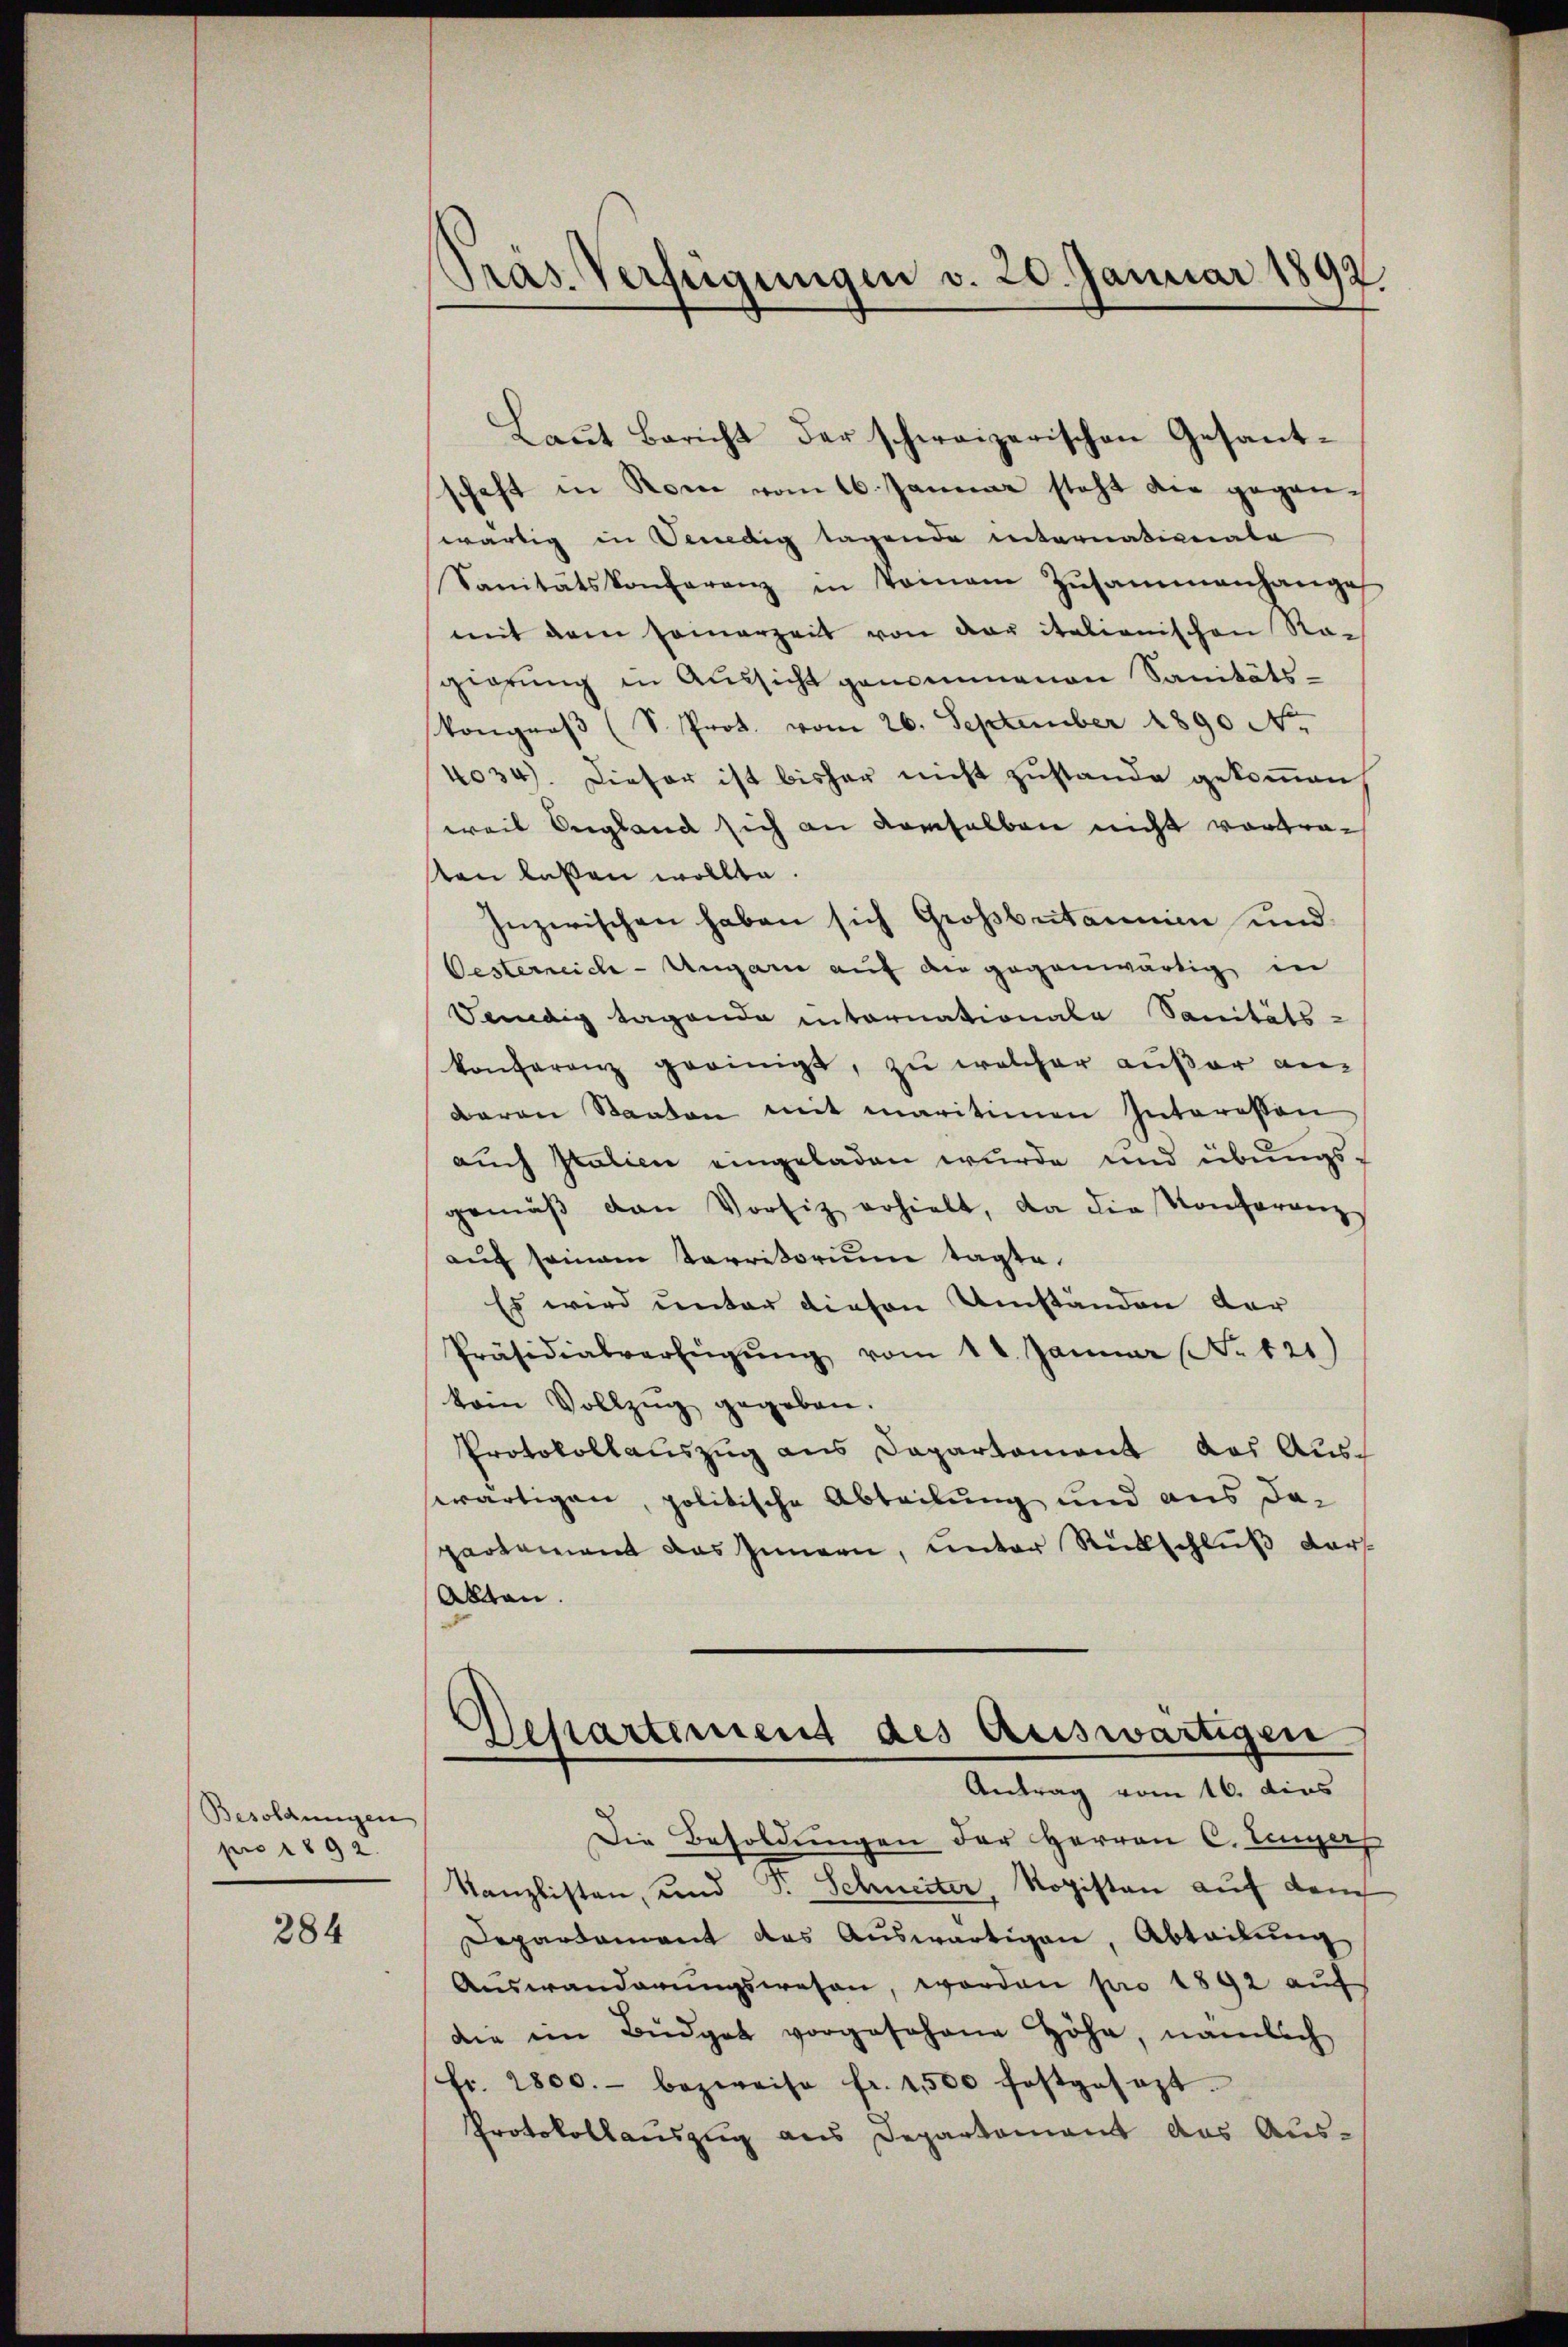
Besoldungen
pro 1892.

284

Präs. Verfügungen v. 20. Januar 1892

Baṅt Bericht der schweizerischen Gesantschaft in Rom vom 16. Januar steht die gegenwärtig in Sendig lagende internativenate
Sanitätskonferenz in Tomane Zusammenhange
mit dem Famerzeit von der italienischen Ragierung in Aussicht genommenen Sanitäts-
kongroβ (S. Prot. vom 26. September 1890 N.
4034). Dieser ist bisher nicht zustande gekommen
weis England sich an demselben nicht vortraten laßen wollte.
Inzwischen haben sich Großbritannie und
Oesterreich-Ungarn auf die gegenwärtig in
Sendig tagende internationale Sanitäts-
konferenz geeinigt, zu welcher außer an
Baron Staaten mit maritimen Interessen
auch Italien eingeladen wurde und übungs-
gemäβ den Vorsitz erhielt, da die Konferenz
aŭf seinem Karritorium tagte.
Es wird unter diesen Umständen der
Präsidialverfügŭng vom 14. Januar (N. 121
vom Vollzug gegeben.
Protokollauszug aus Departament das Auswärtigen, politische Abteilung und aus dapartement das Innern, unter Rückschluß darf
Akten.
Departement des Auswärtigen
Antrag vom 16. dies
Die Besoldungen der Herren C. Einges
Kanzlisten, und v. Schneiter, Rogisten auf dem
Departament das Auswärtigen, Abteilung
Aŭswanderŭngswesen, worden pro 1892 aŭf
die im Büdget vorgesehene Höhe, nämlich
fr. 1800.- bezweife fr. 1500 festgesezt.
Protokollauszug aus Departement das Aus-

n